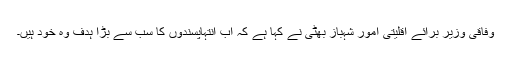
وفاقی وزیر برائے اقلیتی امور شہباز بھٹی نے کہا ہے کہ اب انتہاپسندوں کا سب سے بڑا ہدف وہ خود ہیں۔